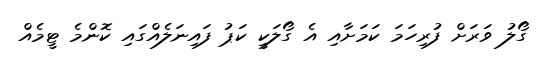
ގޯލު ވަރަށް ފުރިހަމަ ކަމަށާއި އެ ގޯލަކީ ކަޕު ފައިނަލެއްގައި ކޮންމެ ޓީމެއް